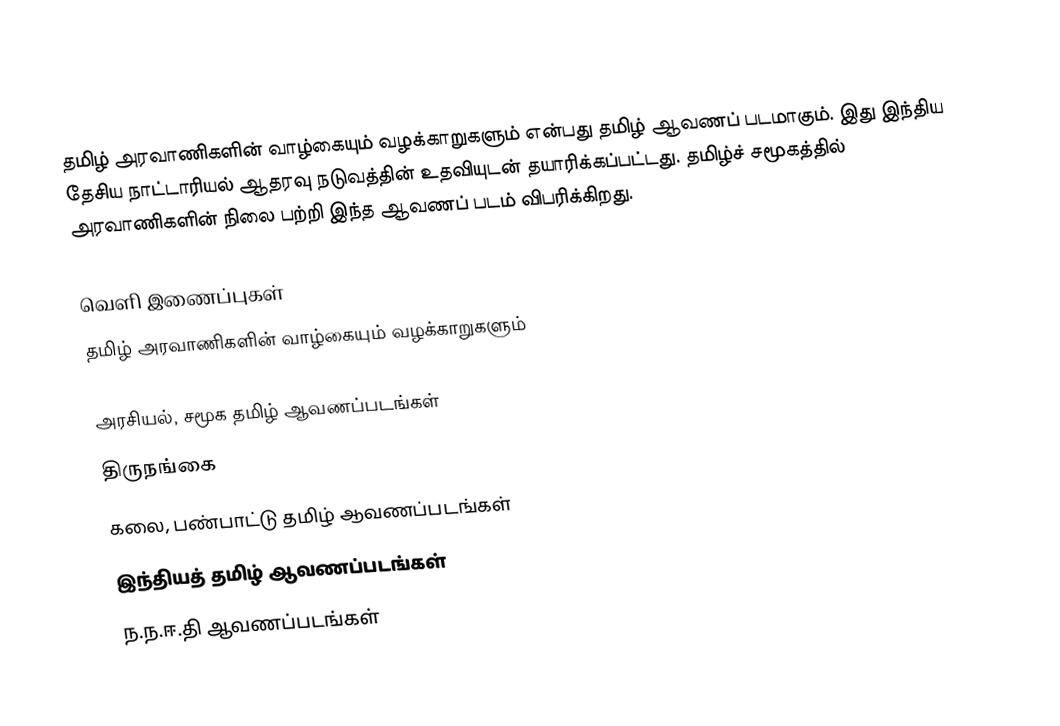
தமிழ் அரவாணிகளின் வாழ்கையும் வழக்காறுகளும் என்பது தமிழ் ஆவணப் படமாகும். இது இந்திய தேசிய நாட்டாரியல் ஆதரவு நடுவத்தின் உதவியுடன் தயாரிக்கப்பட்டது. தமிழ்ச் சமூகத்தில் அரவாணிகளின் நிலை பற்றி இந்த ஆவணப் படம் விபரிக்கிறது.

வெளி இணைப்புகள்
 தமிழ் அரவாணிகளின் வாழ்கையும் வழக்காறுகளும்

அரசியல், சமூக தமிழ் ஆவணப்படங்கள்
திருநங்கை
கலை, பண்பாட்டு தமிழ் ஆவணப்படங்கள்
இந்தியத் தமிழ் ஆவணப்படங்கள்
ந.ந.ஈ.தி ஆவணப்படங்கள்